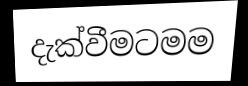
දැක්වීමටමම